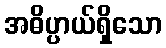
အဓိပ္ပာယ်ရှိသော